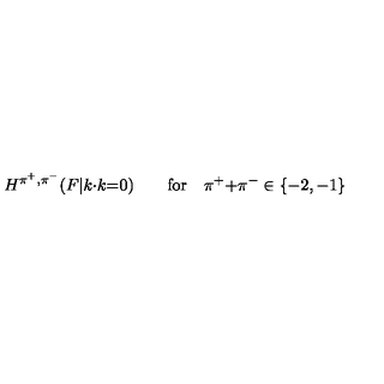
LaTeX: H ^ { \pi ^ { + } , \pi ^ { - } } ( F | k { \cdot } k { = } 0 ) \qquad \mathrm { f o r } \quad \pi ^ { + } { + } \pi ^ { - } \in \{ - 2 , - 1 \}